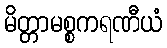
မိတ္တာမစ္စကရဏီယံ